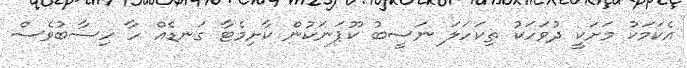
އެކަމަކު މަށަކީ ދުވަހަކު ތިކަހަލަ ނަސީބު ކޫޕަނަކުން ކާށިމެޓާ ގަނޑެއް ހާ ހިސާބުވެސް